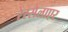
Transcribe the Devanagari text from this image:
रेंस्सेलाएर